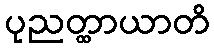
ပုညတ္ထာယာတိ